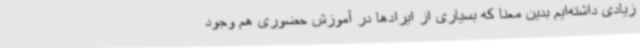
زیادی داشته‌ایم بدین معنا که بسیاری از ایرادها در آموزش حضوری هم وجود